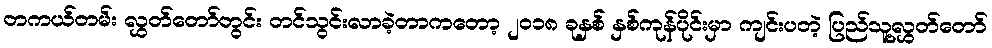
တကယ်တမ်း လွှတ်တော်တွင်း တင်သွင်းလာခဲ့တာကတော့ ၂၀၁၈ ခုနှစ် နှစ်ကုန်ပိုင်းမှာ ကျင်းပတဲ့ ပြည်သူ့လွှတ်တော်